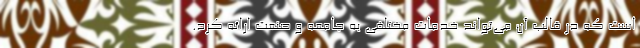
است که در قالب آن می‌تواند خدمات مختلفی به جامعه و صنعت ارائه کرد.